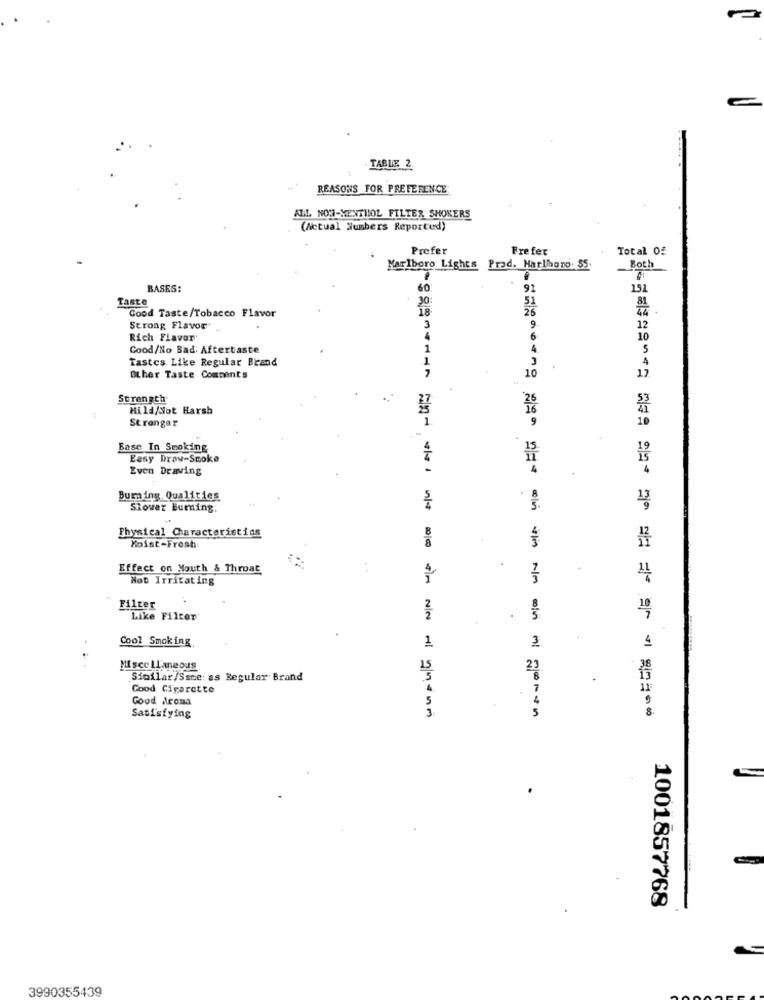
TABLE 2.
REASONS FOR PREFERENCE
ALL NON-MENTHOL FILTER SHOKERS
(Actual Numbers Reported)
Prefer
Frefer
Total Of
Marlboro Lights Prad. Harlhono: SS.
Both
BASES:
60
91
151
Taste
30
51
Good Taste/Tobacco Flavor
Strong Flavor
9
12
Rich Flavor
6
10
Cood/No Bad: Aftertaste
4.
C
5
Tastes Like Regular Brand
Other Taste Comments
10
17
Strength
...
26
Hild/Sot Harsh
16
Stronger
Base In Smoking
Easy Draw-Smoke
Even Drawing
Bumming. Qualities
Siover Burning:
Physical Characteristics
Moist-Fresh
Effect on Mouth & Throat
Not Irritating
Filter
10
Like Filter
N/N
Cool Smoking
1
4
Miscellaneous
15
23
Sioilar/Ssce: as Regular Brand
.
Good Cigarette
7
Good Arcaa
5
3
5
CENA ==== === === == == == == =
Satisfying
1001857768
3990355439